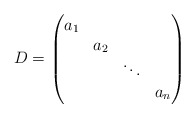
\begin{align*}D = \begin{pmatrix} a_1 \\ & a_2 \\ & & \ddots \\ & & & a_n\end{pmatrix}\end{align*}